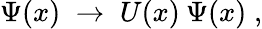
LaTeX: \Psi(x)\; \rightarrow\; U(x)\: \Psi(x)\; ,